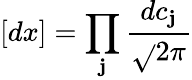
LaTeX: [dx]=\prod_{\mathbf{j}}{\frac{{dc_{\mathbf{j}}}}{{\sqrt{}{{2\pi}}}}}